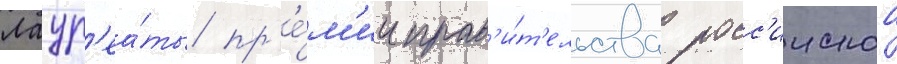
Лаур'еа́ты пр'е́м'ии прав'и́т'ельства росс'иискои